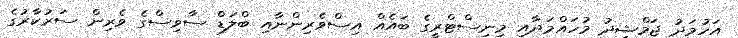
އަހުމަދު ޖަމްޝީދު މުހައްމަދާއި މިނިސްޓްރީގެ ބައެއް އިސްވެރިންނާއި ބްލަޑް ސާވިސްގެ ވެރިން ސަރުކާރުގެ